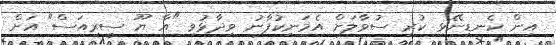
އިން ކެނޑިނޭޅި ކުރި ސުވާލަށް އެމަނިކުފާނު ވިދާޅުވި "އާ ޔޫ ސީރިއަސް" އަށް